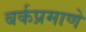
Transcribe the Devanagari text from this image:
बर्कप्रमाणे